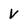
Character: V